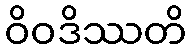
ဝိဝဒိဿတိ